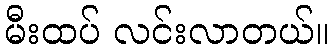
မီးထပ် လင်းလာတယ်။